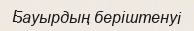
Бауырдың беріштенуі